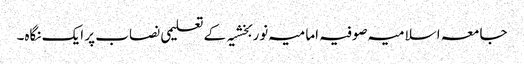
جامعہ اسلامیہ صوفیہ امامیہ نوربخشیہ کے تعلیمی نصاب پر ایک نگاہ۔